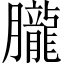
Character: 朧